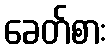
ခေတ်စား